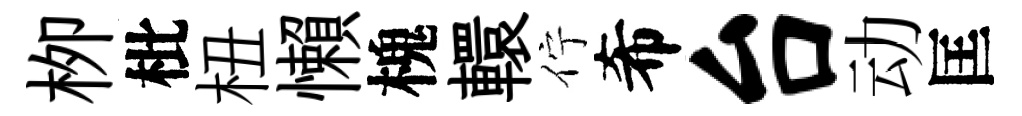
栁枇杻懶槐轘佇希台动匡